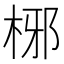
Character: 㭨